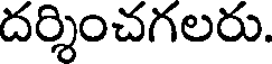
దర్శించగలరు.